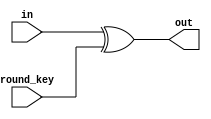
module add_round_key(
    input [127:0] round_key,
    input [127:0] in,
    output reg [127:0] out
	);
	
	always @(*)begin
    	//Add Round Key
        out = in[127:0] ^ round_key[127:0];
    end
    		
endmodule